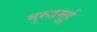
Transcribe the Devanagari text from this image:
मुरुडमुर्हू